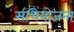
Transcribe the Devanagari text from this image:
संधियोजना